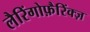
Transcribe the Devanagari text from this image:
लैरिंगोफ़ैरिंक्ज़